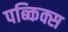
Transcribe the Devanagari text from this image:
पब्किक्स